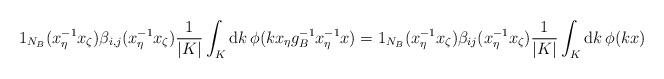
LaTeX: \begin{align*}1_{N_B}(x_{\eta}^{-1} x_{\zeta})\beta_{i,j}(x_{\eta}^{-1} x_{\zeta})\frac{1}{|K|}\int_{K}{\rm d}k\,\phi(k x_{\eta}g_{B}^{-1} x^{-1}_{\eta}x)=1_{N_{B}}(x_{\eta}^{-1}x_{\zeta})\beta_{ij}(x_{\eta}^{-1}x_{\zeta})\frac{1}{|K|}\int_{K}{\rm d}k\, \phi(kx)\end{align*}